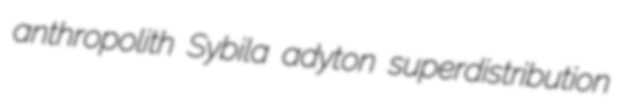
anthropolith Sybila adyton superdistribution